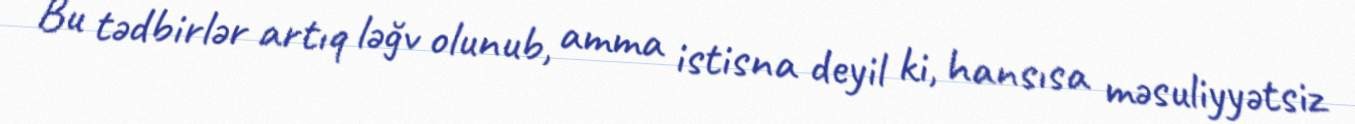
Bu tədbirlər artıq ləğv olunub, amma istisna deyil ki, hansısa məsuliyyətsiz